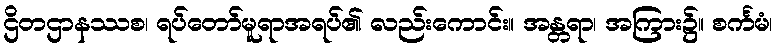
ဌိတဌာနဿစ၊ ရပ်တော်မူရာအရပ်၏ လည်းကောင်း။ အန္တရာ၊ အကြား၌။ စင်္ကမံ၊